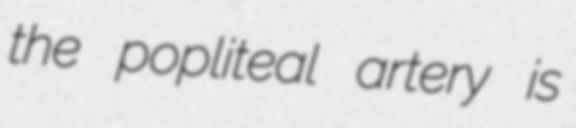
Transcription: the popliteal artery is